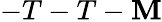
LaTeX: -T-T-\mathbf{M}